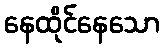
နေထိုင်နေသော